Scientific memoirs by medical officers of the Army of India - Part VI,
Year: 1891
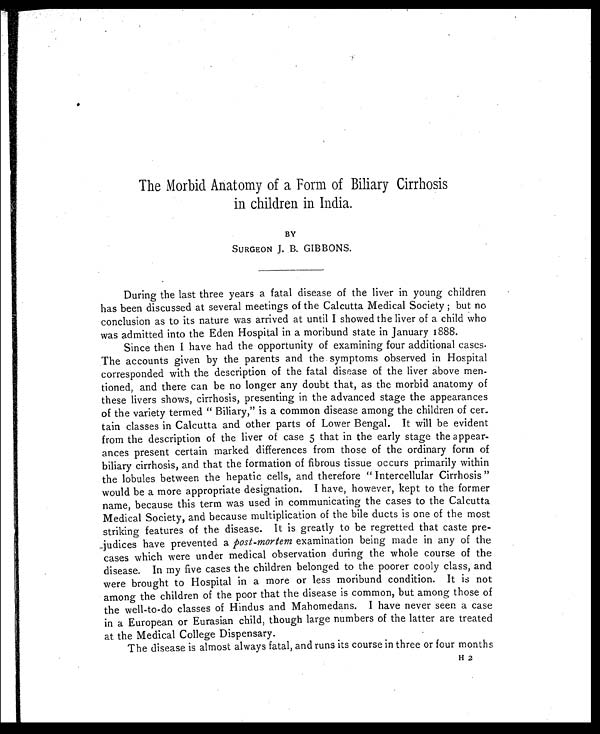
The Morbid Anatomy of a Form of Biliary Cirrhosis
in children in India.
BY
SURGEON J. B. GIBBONS.
During the last three years a fatal disease of the liver in young children
has been discussed at several meetings of the Calcutta Medical Society ; but no
conclusion as to its nature was arrived at until I showed the liver of a child who
was admitted into the Eden Hospital in a moribund state in January 1888.
Since then I have had the opportunity of examining four additional cases.
The accounts given by the parents and the symptoms observed in Hospital
corresponded with the description of the fatal disease of the liver above men-
tioned, and there can be no longer any doubt that, as the morbid anatomy of
these livers shows, cirrhosis, presenting in the advanced stage the appearances
of the variety termed " Biliary," is a common disease among the children of cer-
tain classes in Calcutta and other parts of Lower Bengal. It will be evident
from the description of the liver of case 5 that in the early stage the appear-
ances present certain marked differences from those of the ordinary form of
biliary cirrhosis, and that the formation of fibrous tissue occurs primarily within
the lobules between the hepatic cells, and therefore " Intercellular Cirrhosis "
would be a more appropriate designation. I have, however, kept to the former
name, because this term was used in communicating the cases to the Calcutta
Medical Society, and because multiplication of the bile ducts is one of the most
striking features of the disease. It is greatly to be regretted that caste pre-
judices have prevented a post-mortem examination being made in any of the
cases which were under medical observation during the whole course of the
disease. In my five cases the children belonged to the poorer cooly class, and
were brought to Hospital in a more or less moribund condition. It is not
among the children of the poor that the disease is common, but among those of
the well-to-do classes of Hindus and Mahomedans. I have never seen a case
in a European or Eurasian child, though large numbers of the latter are treated
at the Medical College Dispensary.
The disease is almost always fatal, and runs its course in three or four months
H 2